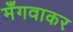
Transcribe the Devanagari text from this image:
मँगवाकर